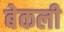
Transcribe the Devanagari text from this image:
बेकली